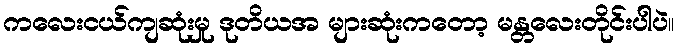
ကလေးငယ်ကျဆုံးမှု ဒုတိယအ များဆုံးကတော့ မန္တလေးတိုင်းပါပဲ။